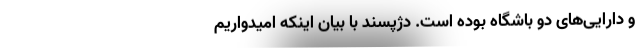
و دارایی‌های دو باشگاه بوده است. ‌دژپسند با بیان اینکه امیدواریم